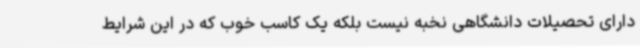
دارای تحصیلات دانشگاهی نخبه نیست بلکه یک کاسب خوب که در این شرایط